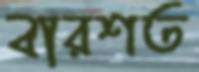
বারশত